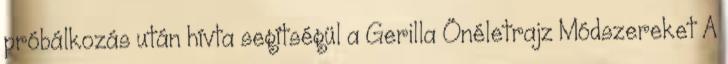
próbálkozás után hívta segítségül a Gerilla Önéletrajz Módszereket A